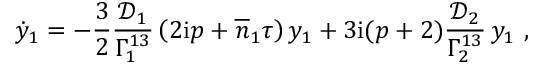
\dot { y } _ { 1 } = - \frac { 3 } { 2 } \frac { \mathcal { D } _ { 1 } } { \Gamma _ { 1 } ^ { 1 3 } } \left( 2 \mathrm { i } p + \overline { { n } } _ { 1 } \tau \right) y _ { 1 } + 3 \mathrm { i } ( p + 2 ) \frac { \mathcal { D } _ { 2 } } { \Gamma _ { 2 } ^ { 1 3 } } \, y _ { 1 } \ ,